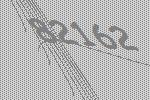
82162